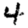
Digit: 4